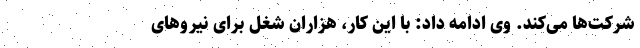
شرکت‌ها می‌کند. وی ادامه داد: با این کار، هزاران شغل برای نیروهای